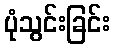
ပုံသွင်းခြင်း